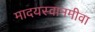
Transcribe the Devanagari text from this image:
मादयस्वानमीवा